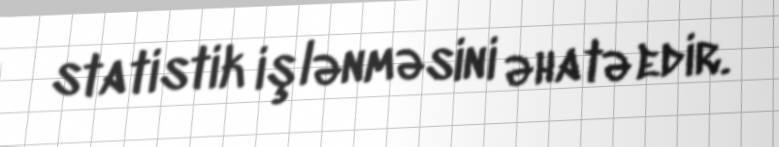
statistik işlənməsini əhatə edir.